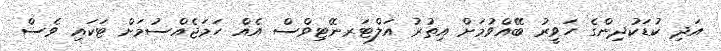
އަދި ކުޑަކުދިންގެ ހަވީރު ބޭއްވުމަށް އިތުރު އަލްޓަރނޭޓިވްސް އެއް ހަމަޖެއްސުމަށް ޓަކައި ވެސް